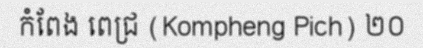
កំពែង ពេជ្រ (Kompheng Pich) ២០